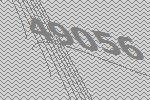
49056